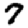
Digit: 7